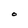
Character: O